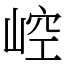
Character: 崆